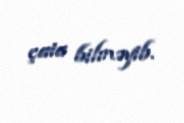
çata bilməyib.